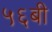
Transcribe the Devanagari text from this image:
५६बी